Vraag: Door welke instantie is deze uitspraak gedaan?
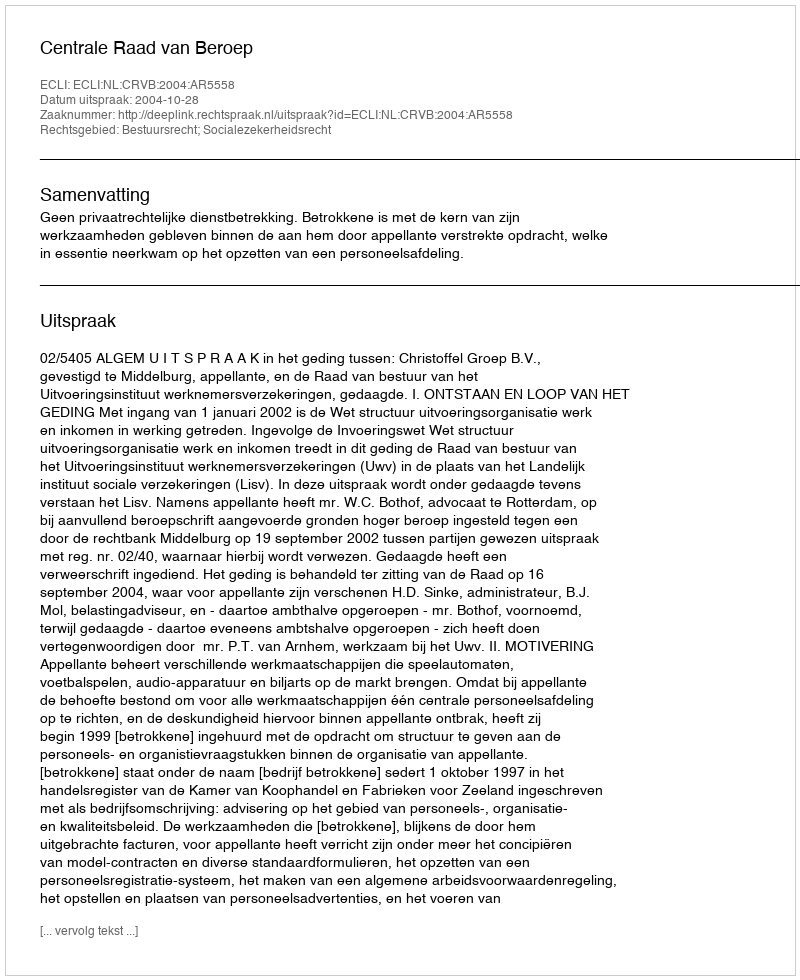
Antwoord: Centrale Raad van Beroep